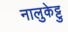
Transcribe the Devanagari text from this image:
नालुकेट्टु